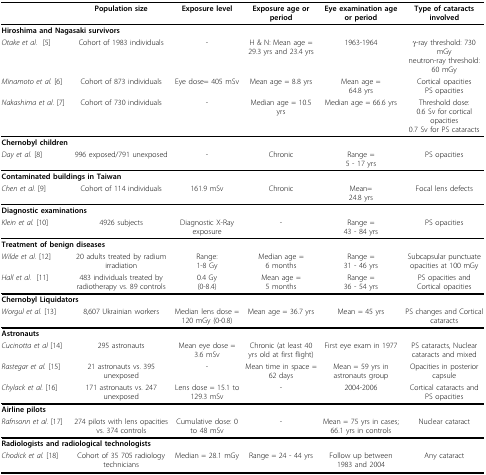
<table><thead><tr><td>[EMPTY_CELL]</td><td><b>Population size</b></td><td><b>Exposure level</b></td><td><b>Exposure age or period</b></td><td><b>Eye examination age or period</b></td><td><b>Type of cataracts involved</b></td></tr></thead><tbody><tr><td colspan="6"><b>Hiroshima and Nagasaki survivors</b></td></tr><tr><td><i>Otake et al. </i>[5]</td><td>Cohort of 1983 individuals</td><td>-</td><td>H &amp; N: Mean age = 29.3 yrs and 23.4 yrs</td><td>1963-1964</td><td>γ-ray threshold: 730 mGyneutron-ray threshold: 60 mGy</td></tr><tr><td><i>Minamoto et al.</i>[6]</td><td>Cohort of 873 individuals</td><td>Eye dose= 405 mSv</td><td>Mean age = 8.8 yrs</td><td>Mean age =64.8 yrs</td><td>Cortical opacitiesPS opacities</td></tr><tr><td><i>Nakashima et al.</i>[7]</td><td>Cohort of 730 individuals</td><td>-</td><td>Median age = 10.5 yrs</td><td>Median age = 66.6 yrs</td><td>Threshold dose:0.6 Sv for cortical opacities0.7 Sv for PS cataracts</td></tr><tr><td colspan="6"><b>Chernobyl children</b></td></tr><tr><td><i>Day et al.</i>[8]</td><td>996 exposed/791 unexposed</td><td>-</td><td>Chronic</td><td>Range =5 - 17 yrs</td><td>PS opacities</td></tr><tr><td colspan="6"><b>Contaminated buildings in Taiwan</b></td></tr><tr><td><i>Chen et al.</i>[9]</td><td>Cohort of 114 individuals</td><td>161.9 mSv</td><td>Chronic</td><td>Mean=24.8 yrs</td><td>Focal lens defects</td></tr><tr><td colspan="6"><b>Diagnostic examinations</b></td></tr><tr><td><i>Klein et al.</i>[10]</td><td>4926 subjects</td><td>Diagnostic X-Ray exposure</td><td>-</td><td>Range =43 - 84 yrs</td><td>PS opacities</td></tr><tr><td colspan="6"><b>Treatment of benign diseases</b></td></tr><tr><td><i>Wilde et al.</i>[12]</td><td>20 adults treated by radium irradiation</td><td>Range:1-8 Gy</td><td>Median age =6 months</td><td>Range =31 - 46 yrs</td><td>Subcapsular punctuate opacities at 100 mGy</td></tr><tr><td><i>Hall et al. </i>[11]</td><td>483 individuals treated by radiotherapy vs. 89 controls</td><td>0.4 Gy(0-8.4)</td><td>Mean age =5 months</td><td>Range =36 - 54 yrs</td><td>PS opacities andCortical opacities</td></tr><tr><td colspan="6"><b>Chernobyl Liquidators</b></td></tr><tr><td><i>Worgul et al.</i>[13]</td><td>8,607 Ukrainian workers</td><td>Median lens dose = 120 mGy (0-0.8)</td><td>Mean age = 36.7 yrs</td><td>Mean = 45 yrs</td><td>PS changes and Cortical cataracts</td></tr><tr><td colspan="6"><b>Astronauts</b></td></tr><tr><td><i>Cucinotta et al</i>[14]</td><td>295 astronauts</td><td>Mean eye dose = 3.6 mSv</td><td>Chronic (at least 40 yrs old at first flight)</td><td>First eye exam in 1977</td><td>PS cataracts, Nuclear cataracts and mixed</td></tr><tr><td><i>Rastegar et al.</i>[15]</td><td>21 astronauts vs. 395 unexposed</td><td>-</td><td>Mean time in space = 62 days</td><td>Mean = 59 yrs in astronauts group</td><td>Opacities in posterior capsule</td></tr><tr><td><i>Chylack et al.</i>[16]</td><td>171 astronauts vs. 247 unexposed</td><td>Lens dose = 15.1 to 129.3 mSv</td><td>-</td><td>2004-2006</td><td>Cortical cataracts andPS opacities</td></tr><tr><td colspan="6"><b>Airline pilots</b></td></tr><tr><td><i>Rafnsonn et al.</i>[17]</td><td>274 pilots with lens opacities vs. 374 controls</td><td>Cumulative dose: 0 to 48 mSv</td><td>-</td><td>Mean = 75 yrs in cases; 66.1 yrs in controls</td><td>Nuclear cataract</td></tr><tr><td colspan="6"><b>Radiologists and radiological technologists</b></td></tr><tr><td><i>Chodick et al.</i>[18]</td><td>Cohort of 35 705 radiology technicians</td><td>Median = 28.1 mGy</td><td>Range = 24 - 44 yrs</td><td>Follow up between 1983 and 2004</td><td>Any cataract</td></tr></tbody></table>